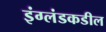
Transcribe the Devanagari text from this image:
इंग्लंडकडील